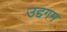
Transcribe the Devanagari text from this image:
उद्दगम